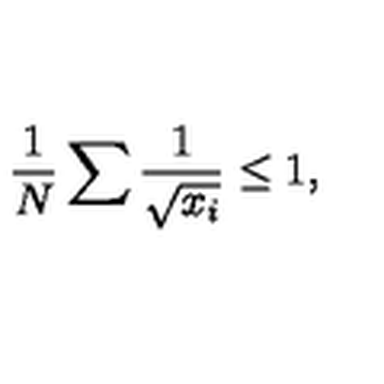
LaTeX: { \frac { 1 } { N } } \sum { \frac { 1 } { \sqrt { x _ { i } } } } \leq 1 ,